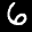
Label: 6